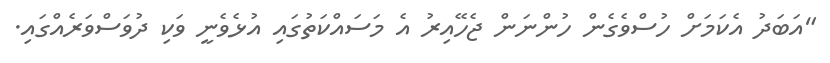
"އަބަދު އެކަމަށް ހުސްވެގެން ހުންނަން ޖެހޭއިރު އެ މަސައްކަތުގައި އުޅެވެނީ ވަކި ދުވަސްވަރެއްގައި.